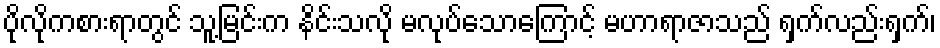
ပိုလိုကစားရာတွင် သူ့မြင်းက နိင်းသလို မလုပ်သောကြောင့် မဟာရာဇာသည် ရှက်လည်းရှက်၊